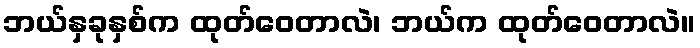
ဘယ်နှခုနှစ်က ထုတ်ဝေတာလဲ၊ ဘယ်က ထုတ်ဝေတာလဲ။